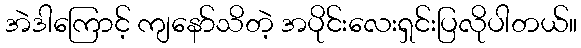
အဲဒါကြောင့် ကျနော်သိတဲ့ အပိုင်းလေးရှင်းပြလိုပါတယ်။